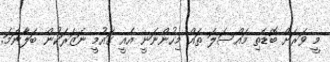
މީ ވަރަށް ބޮޑެތި މައްސަލަ ތައް މިހުންނަނީ އެއީ ގައުމީ ނަޒަރަކުން ބަލާނަމަ.